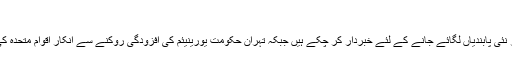
ایران کا جوہری تنازعہ متنازعہ بنا ہوا ہے
امریکی صدر باراک اوباما آئندہ چند ہفتوں میں ایران پر نئی پابندیاں لگائے جانے کے لئے خبردار کر چکے ہیں جبکہ تہران حکومت یورینیئم کی افزودگی روکنے سے انکار اقوام متحدہ کی جانب سے تین مرتبہ پابندیوں کا سامنا کر چکی ہے۔